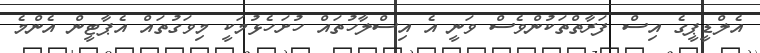
އެލްޑީޕީގެ އިސް ފަރާތްތަކުންވެސް ވަނީ އެ އިސްލާހުތައް ހުށަހެޅުމަކީ މިވަގުތައް އެޕާޓީން އެންމެ